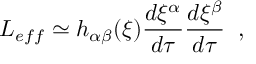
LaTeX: L _ { e f f } \simeq h _ { \alpha \beta } ( \xi ) \frac { d \xi ^ { \alpha } } { d \tau } \frac { d \xi ^ { \beta } } { d \tau } \; \; ,